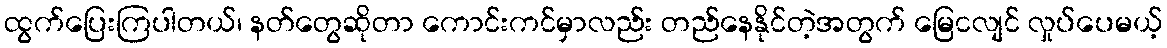
ထွက်ပြေးကြပါတယ်၊ နတ်တွေဆိုတာ ကောင်းကင်မှာလည်း တည်နေနိုင်တဲ့အတွက် မြေငလျင် လှုပ်ပေမယ့်